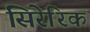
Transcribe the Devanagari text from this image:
सिरेरिक